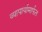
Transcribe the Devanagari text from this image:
व्यापार्यामार्फत